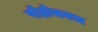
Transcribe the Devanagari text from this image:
पोहोचयच